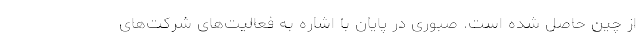
از چین حاصل شده است. صبوری در پایان با اشاره به فعالیت‌های شرکت‌های